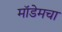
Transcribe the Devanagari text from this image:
मॉडेमचा